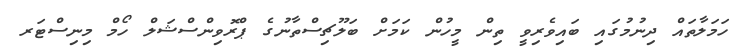
ހަމަލާތައް ދިނުމުގައި ބައިވެރިވީ ތިން މީހުން ކަމަށް ބަލޫޗިސްތާނުގެ ޕްރޮވިންސްޝަލް ހޯމް މިނިސްޓަރ